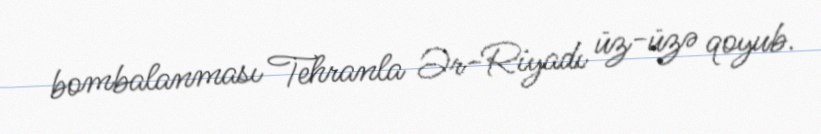
bombalanması Tehranla Ər-Riyadı üz-üzə qoyub.